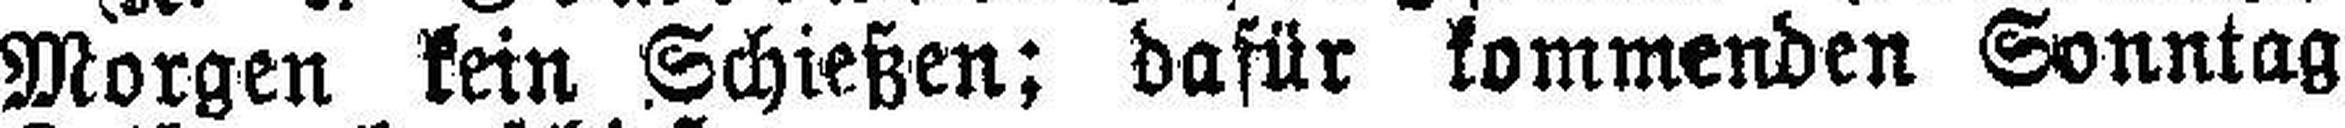
Morgen kein Schießen; dafür kommenden Sonntag